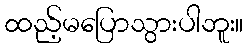
ထည့်မပြောသွားပါဘူး။